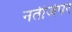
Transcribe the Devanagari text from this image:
नतीजेपर